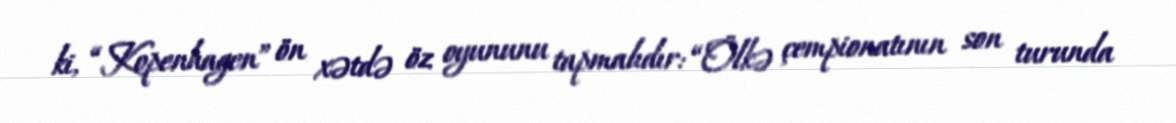
ki, “Kopenhagen” ön xətdə öz oyununu tapmalıdır: “Ölkə çempionatının son turunda